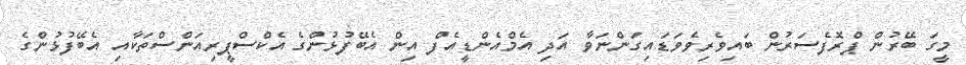
މީގަ ބޭރުން ޕްރޮފެސަރުން ބައިވެރިވެވަޑައިގަންނަވާ އަދި އެމްއެންޑީއެފް އިން އެބޭފުޅުންގެ އެކްސްޕީރިއަންސްތަކާއި އެބޭފުޅުންގެ